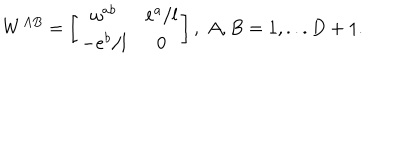
LaTeX: W ^ { A B } = \left[ \begin{array} { c c } { { \omega ^ { a b } } } & { { e ^ { a } / l } } \\ { { - e ^ { b } / l } } & { { 0 } } \\ \end{array} \right] , \; A , B = 1 , . . . D + 1 .